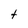
Character: t